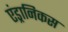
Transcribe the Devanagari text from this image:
एंड्रानिकस